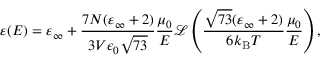
\centering \varepsilon ( E ) = \varepsilon _ { \infty } + \frac { 7 N ( \varepsilon _ { \infty } + 2 ) } { 3 V \epsilon _ { 0 } \sqrt { 7 3 } } \frac { \mu _ { 0 } } { E } \ensuremath { \mathcal { L } } \left( \frac { \sqrt { 7 3 } ( \varepsilon _ { \infty } + 2 ) } { 6 k _ { \mathrm { B } } T } \frac { \mu _ { 0 } } { E } \right) ,